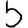
Digit: 5